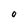
Character: O